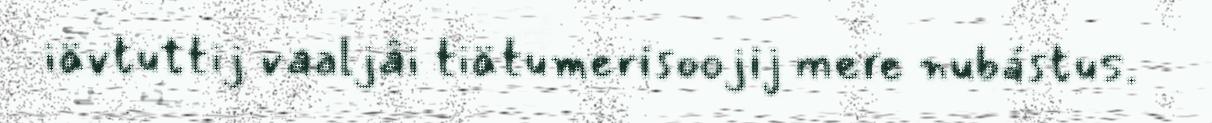
iävtuttij vaaljâi tiätumerisoojij mere nubástus.